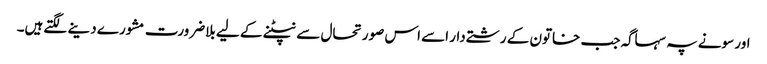
اور سونے پہ سہاگہ جب خاتون کے رشتےدار اسے اس صورتحال سے نپٹنے کے لیے بلاضرورت مشورے دینے لگتےہیں۔